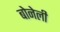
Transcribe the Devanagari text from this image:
बोनेली